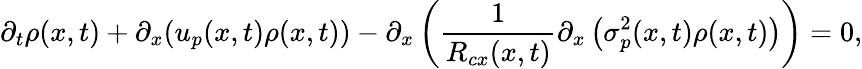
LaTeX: \partial_{t}\rho(x,t)+\partial_{x}(u_{p}(x,t)\rho(x,t))-\partial_{x}\left(\frac{1}{R_{cx}(x,t)}\partial_{x}\left(\sigma_{p}^{2}(x,t)\rho(x,t)\right)\right)=0,